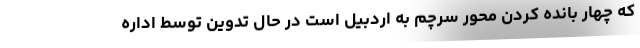
که چهار بانده کردن محور سرچم به اردبیل است در حال تدوین توسط اداره